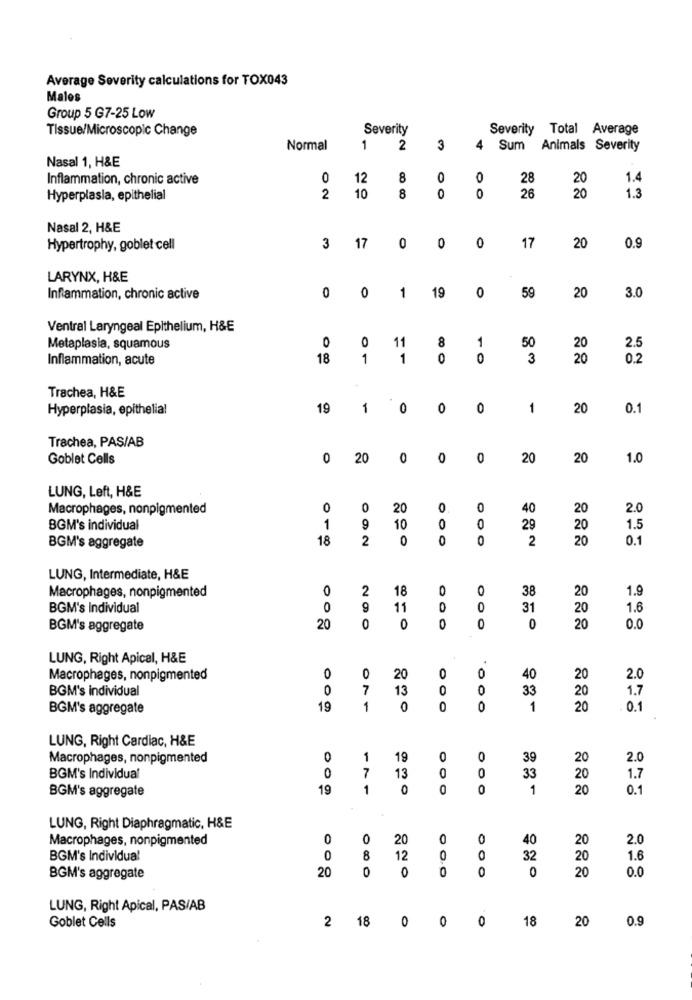
Average Severity calculations for TOX043
Malos
Group 5 G7-25 Low
Tissue/Microscopic Change
Severity
Severity Total Average
Normal
1
2
3
4
Sum Animals Severity
Nasal 1, H&E
Inflammation, chronic active
0
12
8
0
0
28
20
1.4
10
Hyperplasia, epithelial
2
8
0
0
26
20
1.3
Nasal 2, H&E
Hypertrophy, goblet cell
3
17
0
0
0
17
20
0.9
LARYNX, H&E
0
19
Inflammation, chronic active
0
1
0
59
20
3.0
Ventral Laryngeal Epithelium, H&E
0
0
11
8
1
50
Metaplasia, squamous
20
2.5
Inflammation, acute
18
1
1
0
0
3
20
0.2
Trachea, H&E
Hyperplasia, epithelial
19
1
0
0
0
1
20
0.1
Trachea, PAS/AB
Goblet Cells
0
20
0
0
0
20
20
1.0
LUNG, Left, H&E
Macrophages, nonpigmented
0
0
20
0
0
40
20
2.0
BGM's individual
1
9
10
0
0
29
20
1.5
18
2
0
0
0
2
20
0.1
BGM's aggregate
LUNG, Intermediate, H&E
0
2
18
0
38
20
1.9
Macrophages, nonpigmented
BGM's Individual
0
9
11
0
0
31
20
1.6
BGM's aggregate
20
0
0
0
0
0
20
0.0
LUNG, Right Apical, H&E
0
Macrophages, nonpigmented
0
0
20
0
40
20
2.0
BOM's individual
0
7
13
33
20
1.7
BGM's aggregate
19
1
0
0
1
20
0.1
LUNG, Right Cardiac, H&E
Macrophages, nonpigmented
0
1
19
0
0
39
20
2.0
BGM's Individual
7
13
0
33
20
1.7
BGM's aggregate
19
1
0
0
1
20
0.1
LUNG, Right Diaphragmatic, H&E
Macrophages, nonpigmented
0
0
20
0
0
40
20
2.0
BGM's Individual
0
8
12
0
0
32
20
1.6
20
0
0
0
0
0
20
0.0
BGM's aggregate
LUNG, Right Apical, PAS/AB
2
18
0
0
0
18
20
0.9
Goblet Cells